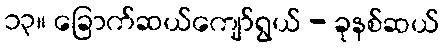
၁၃။ ခြောက်ဆယ်ကျော်ရွယ် - ခုနစ်ဆယ်